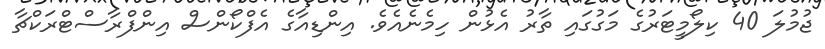
ޖުމުލަ 40 ކިލޯމީޓަރުގެ މަގުގައި ތާރު އެޅުން ހިމެނެއެވެ. އިންޑިއާގެ އެފްކޯންސް އިންފްރާސްޓްރަކްޗާ